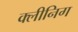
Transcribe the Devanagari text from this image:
क्लीनिग